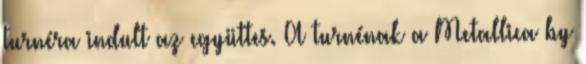
turnéra indult az együttes. A turnénak a Metallica by